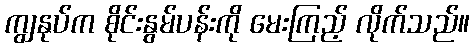
ကျွနုပ်က စိုင်းနွမ်ပန်းကို မေးကြည့် လိုက်သည်။